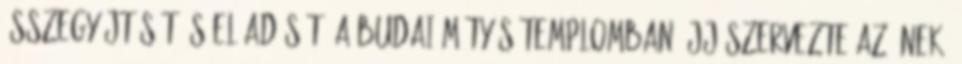
összegyűjtését és előadását. A budai Mátyás-templomban újjászervezte az ének-